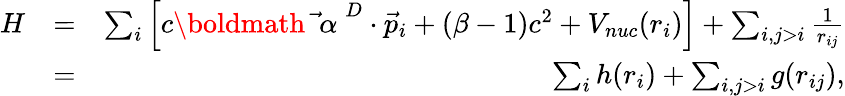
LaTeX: \begin{array}{rlr}{H}&{=}&{\sum_{i}\left[c\mathrm{\boldmath~{\vec{~}\alpha}~}^{D}\cdot{\vec{p}}_{i}+(\beta-1)c^{2}+V_{nuc}(r_{i})\right]+\sum_{i,j>i}\frac{1}{r_{ij}}}\\ &{=}&{\sum_{i}h(r_{i})+\sum_{i,j>i}g(r_{ij}),}\end{array}